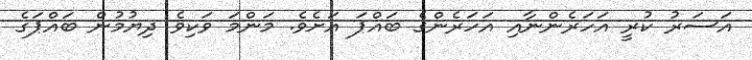
އަސަރު ކުރީ އަހަރެންނާއި އަހަރެންގެ ބައްޕަ އަށެވެ. މަންމަ ވަކިވެ ދިޔުމުން ބައްޕަގެ